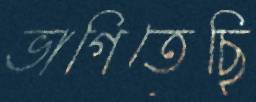
ভাগিতেছি